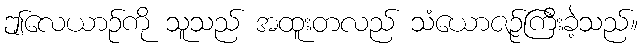
ဤလေယာဉ်ကို သူသည် အထူးတလည် သံယောဇဉ်ကြီးခဲ့သည်။